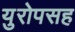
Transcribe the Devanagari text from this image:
युरोपसह